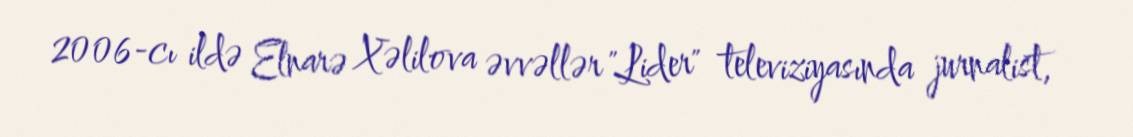
2006-cı ildə Elnarə Xəlilova əvvəllər "Lider" televiziyasında jurnalist,